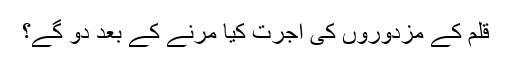
قلم کے مزدوروں کی اجرت کیا مرنے کے بعد دو گے؟